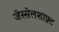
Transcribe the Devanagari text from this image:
जेस्सेलशाफ़्ट